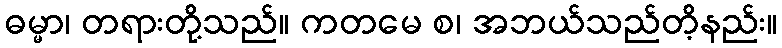
ဓမ္မာ၊ တရားတို့သည်။ ကတမေ စ၊ အဘယ်သည်တိ့နည်း။